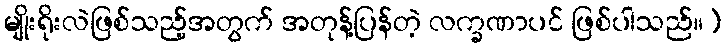
မျိုးရိုးလဲဖြစ်သည့်အတွက် အတုန့်ပြန်တဲ့ လက္ခဏာပင် ဖြစ်ပါသည်။]